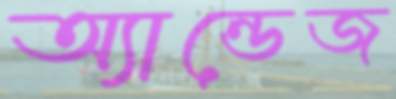
অ্যান্ডেজ